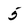
Character: 5